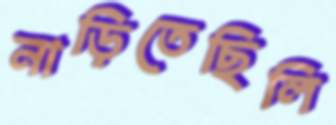
নাড়িতেছিলি